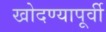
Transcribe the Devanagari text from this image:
खोदण्यापूर्वी